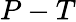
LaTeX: P-T